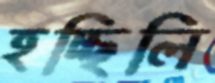
হচ্ছিলি